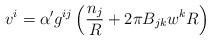
LaTeX: \begin{align*}v^i = \alpha^\prime g^{ij}\left( \frac{n_j}{R} + 2\pi B_{jk} w^k R\right)\end{align*}